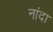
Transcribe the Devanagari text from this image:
नांदा